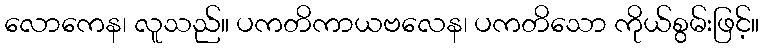
လောကေန၊ လူသည်။ ပကတိကာယဗလေန၊ ပကတိသော ကိုယ်စွမ်းဖြင့်။